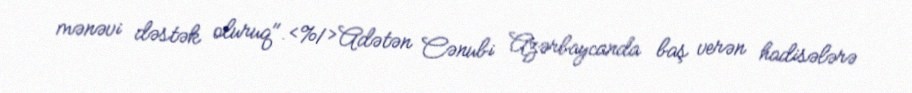
mənəvi dəstək oluruq".<%1>Adətən Cənubi Azərbaycanda baş verən hadisələrə